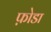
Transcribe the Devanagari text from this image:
फ़ोडा